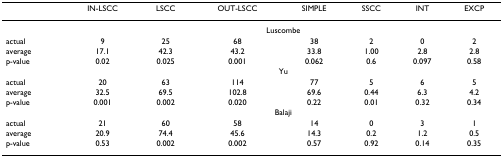
|  | IN-LSCC | LSCC | OUT-LSCC | SIMPLE | SSCC | INT | EXCP |
 | --- | --- | --- | --- | --- | --- | --- | --- |
 |  | <COLSPAN=7> Luscombe |
 | actual | 9 | 25 | 68 | 38 | 2 | 0 | 2 |
 | average | 17.1 | 42.3 | 43.2 | 33.8 | 1.00 | 2.8 | 2.8 |
 | p-value | 0.02 | 0.025 | 0.001 | 0.062 | 0.6 | 0.097 | 0.58 |
 |  | <COLSPAN=7> Yu |
 | actual | 20 | 63 | 114 | 77 | 5 | 6 | 5 |
 | average | 32.5 | 69.5 | 102.8 | 69.6 | 0.44 | 6.3 | 4.2 |
 | p-value | 0.001 | 0.002 | 0.020 | 0.22 | 0.01 | 0.32 | 0.34 |
 |  | <COLSPAN=7> Balaji |
 | actual | 21 | 60 | 58 | 14 | 0 | 3 | 1 |
 | average | 20.9 | 74.4 | 45.6 | 14.3 | 0.2 | 1.2 | 0.5 |
 | p-value | 0.53 | 0.002 | 0.002 | 0.57 | 0.92 | 0.14 | 0.35 |